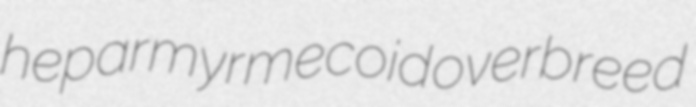
hepar myrmecoid overbreed